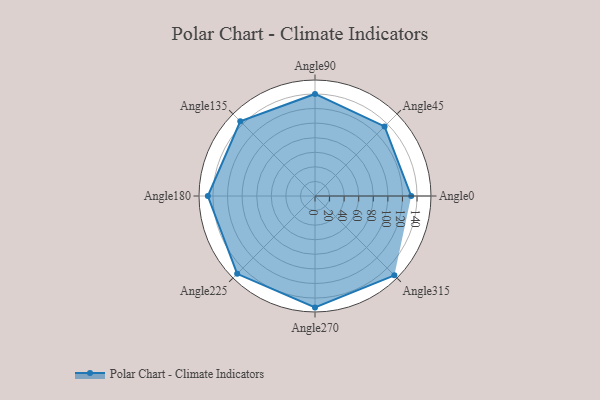
{"axis": {"x": "Angle", "y": "Radius"}, "legend": [""], "data": [{"x": "Angle0", "y": 132.0, "type": ""}, {"x": "Angle45", "y": 135.0, "type": ""}, {"x": "Angle90", "y": 140.0, "type": ""}, {"x": "Angle135", "y": 145.0, "type": ""}, {"x": "Angle180", "y": 147.0, "type": ""}, {"x": "Angle225", "y": 151.0, "type": ""}, {"x": "Angle270", "y": 153.0, "type": ""}, {"x": "Angle315", "y": 154.0, "type": ""}]}